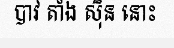
បាវ តាំង ស៊ិន នោះ